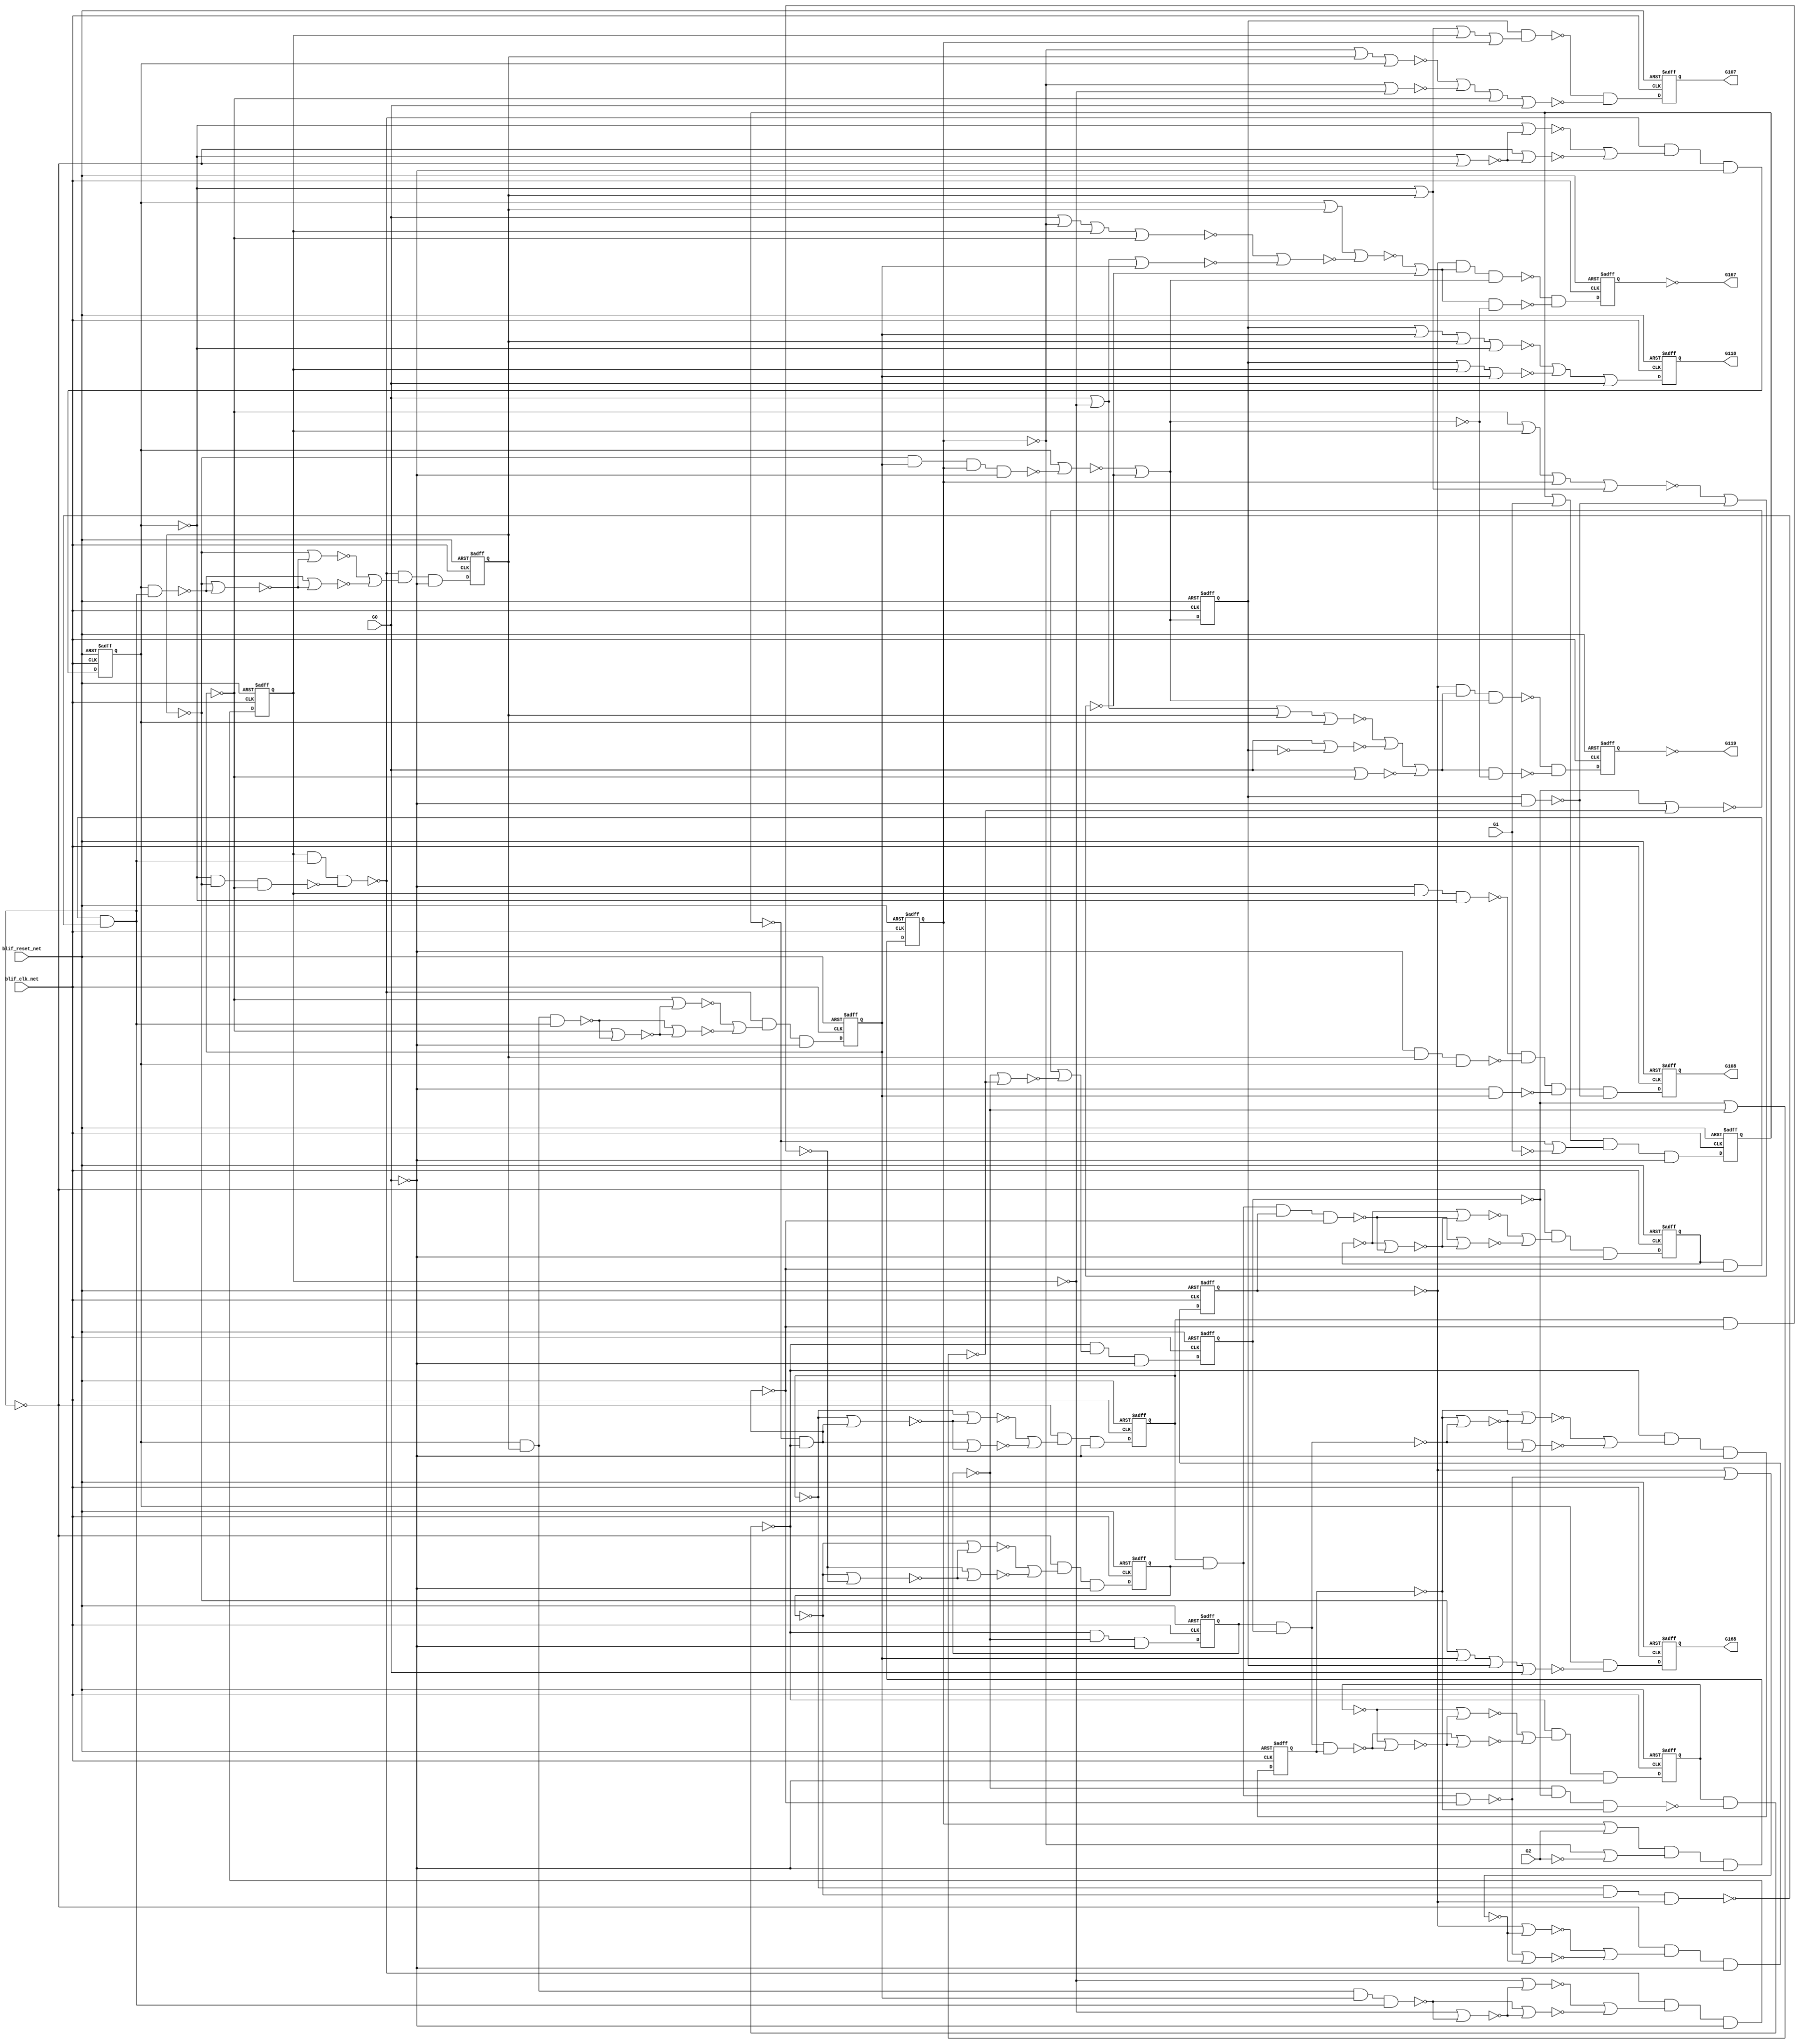
module s444_bench(
  blif_clk_net,
  blif_reset_net,
  G0,
  G1,
  G2,
  G118,
  G167,
  G107,
  G119,
  G168,
  G108);
input blif_clk_net;
input blif_reset_net;
input G0;
input G1;
input G2;
output G118;
output G167;
output G107;
output G119;
output G168;
output G108;
reg G11;
reg G12;
reg G13;
reg G14;
reg G15;
reg G16;
reg G17;
reg G18;
reg G19;
reg G20;
reg G21;
reg G22;
reg G23;
reg G24;
reg G25;
reg G26;
reg G27;
reg G28;
reg G29;
reg G30;
reg G31;
wire IIII212;
wire G50;
wire G95;
wire IIII211;
wire G120;
wire IIII192;
wire IIII272;
wire G79;
wire G138;
wire G61;
wire G140;
wire G161;
wire IIII201;
wire G77;
wire IIII190;
wire IIII283;
wire G93;
wire G137;
wire G105;
wire G165;
wire G144;
wire G129;
wire IIII226;
wire IIII281;
wire IIII372;
wire G134;
wire IIII235;
wire G147;
wire G146;
wire G41;
wire G83;
wire G160;
wire G35;
wire G122;
wire G80;
wire G117;
wire G132;
wire G151;
wire G158;
wire G65;
wire G81;
wire G113;
wire G73;
wire G58;
wire IIII181;
wire G163;
wire G148;
wire G43;
wire IIII271;
wire IIII392;
wire G153;
wire G114;
wire G85;
wire G74;
wire G115;
wire G103;
wire IIII202;
wire G51;
wire IIII236;
wire G49;
wire IIII246;
wire G157;
wire G130;
wire G54;
wire G67;
wire G42;
wire IIII182;
wire G87;
wire G71;
wire G69;
wire G90;
wire IIII255;
wire G126;
wire IIII321;
wire G75;
wire G47;
wire G111;
wire G142;
wire IIII304;
wire G40;
wire IIII180;
wire IIII318;
wire G101;
wire G121;
wire G57;
wire IIII225;
wire G166;
wire G159;
wire G149;
wire IIII256;
wire G33;
wire IIII200;
wire G139;
wire G109;
wire IIII257;
wire G162;
wire G164;
wire G68;
wire IIII293;
wire IIII291;
wire G145;
wire G37;
wire G66;
wire G136;
wire IIII191;
wire G125;
wire G141;
wire G123;
wire IIII273;
wire IIII105;
wire IIII292;
wire G155;
wire G56;
wire G44;
wire G128;
wire G46;
wire G94;
wire G91;
wire G59;
wire G97;
wire IIII210;
wire G62;
wire G102;
wire G104;
wire G150;
wire IIII227;
wire G99;
wire G152;
wire G135;
wire G116;
wire G112;
wire G60;
wire G82;
wire G64;
wire IIII237;
wire G84;
wire G86;
wire IIII382;
wire G92;
wire G34;
wire IIII245;
wire IIII336;
wire G162BF;
wire G45;
wire G89;
wire IIII324;
wire G76;
wire G72;
wire G98;
wire G63;
wire G55;
wire G133;
wire G78;
wire G96;
wire G38;
wire G127;
wire IIII247;
wire G48;
wire G53;
wire G36;
wire G156;
wire G110;
wire G88;
wire G32;
wire IIII302;
wire G131;
wire IIII282;
wire G143;
wire G100;
wire G70;
wire IIII303;
wire G154;
wire G52;
wire G124;
wire G106;
always @(posedge blif_clk_net or posedge blif_reset_net)
  if(blif_reset_net == 1)
    G11 <= 0;
  else
    G11 <= G37;
always @(posedge blif_clk_net or posedge blif_reset_net)
  if(blif_reset_net == 1)
    G12 <= 0;
  else
    G12 <= G41;
always @(posedge blif_clk_net or posedge blif_reset_net)
  if(blif_reset_net == 1)
    G13 <= 0;
  else
    G13 <= G45;
always @(posedge blif_clk_net or posedge blif_reset_net)
  if(blif_reset_net == 1)
    G14 <= 0;
  else
    G14 <= G49;
always @(posedge blif_clk_net or posedge blif_reset_net)
  if(blif_reset_net == 1)
    G15 <= 0;
  else
    G15 <= G58;
always @(posedge blif_clk_net or posedge blif_reset_net)
  if(blif_reset_net == 1)
    G16 <= 0;
  else
    G16 <= G62;
always @(posedge blif_clk_net or posedge blif_reset_net)
  if(blif_reset_net == 1)
    G17 <= 0;
  else
    G17 <= G66;
always @(posedge blif_clk_net or posedge blif_reset_net)
  if(blif_reset_net == 1)
    G18 <= 0;
  else
    G18 <= G70;
always @(posedge blif_clk_net or posedge blif_reset_net)
  if(blif_reset_net == 1)
    G19 <= 0;
  else
    G19 <= G80;
always @(posedge blif_clk_net or posedge blif_reset_net)
  if(blif_reset_net == 1)
    G20 <= 0;
  else
    G20 <= G84;
always @(posedge blif_clk_net or posedge blif_reset_net)
  if(blif_reset_net == 1)
    G21 <= 0;
  else
    G21 <= G88;
always @(posedge blif_clk_net or posedge blif_reset_net)
  if(blif_reset_net == 1)
    G22 <= 0;
  else
    G22 <= G92;
always @(posedge blif_clk_net or posedge blif_reset_net)
  if(blif_reset_net == 1)
    G23 <= 0;
  else
    G23 <= G101;
always @(posedge blif_clk_net or posedge blif_reset_net)
  if(blif_reset_net == 1)
    G24 <= 0;
  else
    G24 <= G162BF;
always @(posedge blif_clk_net or posedge blif_reset_net)
  if(blif_reset_net == 1)
    G25 <= 0;
  else
    G25 <= G109;
always @(posedge blif_clk_net or posedge blif_reset_net)
  if(blif_reset_net == 1)
    G26 <= 0;
  else
    G26 <= G110;
always @(posedge blif_clk_net or posedge blif_reset_net)
  if(blif_reset_net == 1)
    G27 <= 0;
  else
    G27 <= G111;
always @(posedge blif_clk_net or posedge blif_reset_net)
  if(blif_reset_net == 1)
    G28 <= 0;
  else
    G28 <= G112;
always @(posedge blif_clk_net or posedge blif_reset_net)
  if(blif_reset_net == 1)
    G29 <= 0;
  else
    G29 <= G113;
always @(posedge blif_clk_net or posedge blif_reset_net)
  if(blif_reset_net == 1)
    G30 <= 0;
  else
    G30 <= G114;
always @(posedge blif_clk_net or posedge blif_reset_net)
  if(blif_reset_net == 1)
    G31 <= 0;
  else
    G31 <= G155;
assign IIII212 = ((~G51))|((~IIII210));
assign G50 = ((~G52));
assign G95 = ((~G76)&(~G77)&(~G78)&(~G79));
assign IIII211 = ((~G14))|((~IIII210));
assign IIII192 = ((~G43))|((~IIII190));
assign G120 = ((~G150))|((~G128));
assign G167 = ((~G29));
assign IIII272 = ((~G19))|((~IIII271));
assign G79 = ((~G97));
assign G138 = (G136)|(G142);
assign G61 = ((~IIII226))|((~IIII227));
assign G140 = (G24)|(G21)|(G20)|(G150);
assign G161 = ((~G17));
assign IIII201 = ((~G13))|((~IIII200));
assign G77 = ((~G20));
assign G93 = ((~G74)&(~G79)&(~G75));
assign IIII283 = ((~G86))|((~IIII281));
assign IIII190 = ((~G12))|((~G43));
assign G137 = (G136)|(G20)|(G19);
assign G105 = (G102)|(G103);
assign G165 = ((~G148))|((~G149));
assign G144 = ((~G21));
assign G129 = ((~G19))|((~G135));
assign IIII226 = ((~G15))|((~IIII225));
assign IIII281 = ((~G20))|((~G86));
assign IIII372 = ((~G0));
assign G134 = (G152)|(G142)|(G21);
assign IIII235 = ((~G16))|((~G64));
assign G147 = (G152)|(G144);
assign G146 = (G152)|(G143);
assign G41 = ((~G98)&(~G42)&(~G152));
assign G83 = ((~IIII272))|((~IIII273));
assign G160 = ((~IIII382));
assign G35 = ((~G12));
assign G122 = (G24&G121);
assign G80 = ((~G93)&(~G81)&(~G152));
assign G117 = ((~G145))|((~G146))|((~G147));
assign G151 = ((~G20))|((~G144))|((~G143))|((~G139));
assign G132 = ((~G133))|((~G134));
assign G158 = (G31)|(G160);
assign G65 = ((~IIII236))|((~IIII237));
assign G81 = ((~G83));
assign G113 = ((~G163)&(~G164));
assign G73 = ((~IIII256))|((~IIII257));
assign G58 = ((~G97)&(~G59)&(~G152));
assign IIII181 = ((~G11))|((~IIII180));
assign G163 = (G161&G165&G162);
assign G148 = ((~G150))|((~G135))|((~G132));
assign G43 = ((~G34));
assign IIII271 = ((~G19))|((~G82));
assign IIII392 = ((~G30));
assign G114 = ((~G150)&(~G151));
assign G153 = ((~G152));
assign G85 = ((~G87));
assign G115 = (G161&G117&G162);
assign G74 = ((~G22));
assign G103 = ((~G106));
assign IIII202 = ((~G47))|((~IIII200));
assign G51 = ((~G34)&(~G35)&(~G36));
assign IIII236 = ((~G16))|((~IIII235));
assign G49 = ((~G98)&(~G50)&(~G152));
assign IIII246 = ((~G17))|((~IIII245));
assign G118 = ((~IIII336));
assign G157 = ((~G160));
assign G130 = ((~G143)&(~G152));
assign G54 = ((~G15)&(~G16)&(~G17));
assign G67 = ((~G69));
assign G42 = ((~G44));
assign G107 = ((~IIII321));
assign IIII182 = ((~IIII180));
assign G87 = ((~IIII282))|((~IIII283));
assign G71 = ((~G73));
assign G69 = ((~IIII246))|((~IIII247));
assign G90 = ((~G76)&(~G77)&(~G79));
assign IIII255 = ((~G18))|((~G72));
assign G126 = (G139&G21);
assign IIII321 = ((~G25));
assign G75 = ((~G19)&(~G20)&(~G21));
assign G47 = ((~G34)&(~G35));
assign G111 = ((~G140))|((~G141))|((~G139));
assign G142 = ((~G22));
assign IIII304 = ((~G95))|((~IIII302));
assign G40 = ((~IIII181))|((~IIII182));
assign IIII180 = ((~G11));
assign IIII318 = ((~G2));
assign G101 = (G100&G99);
assign G57 = ((~G31)&(~G98));
assign G121 = ((~G19))|((~G135))|((~G142))|((~G136));
assign IIII225 = ((~G15))|((~G60));
assign G166 = ((~G162));
assign G149 = ((~G131))|((~G130));
assign G159 = (G156)|(G157);
assign IIII256 = ((~G18))|((~IIII255));
assign G33 = ((~G11)&(~G12)&(~G13));
assign IIII200 = ((~G13))|((~G47));
assign G139 = ((~G152));
assign G109 = ((~G122)&(~G123));
assign IIII257 = ((~G72))|((~IIII255));
assign G162 = ((~G120))|((~G149));
assign G164 = (G165&G166);
assign IIII293 = ((~G90))|((~IIII291));
assign G68 = ((~G55)&(~G56)&(~G57));
assign IIII291 = ((~G21))|((~G90));
assign G37 = ((~G98)&(~G38)&(~G152));
assign G145 = (G152)|(G142)|(G20)|(G19);
assign G66 = ((~G97)&(~G67)&(~G152));
assign G136 = ((~G23));
assign IIII191 = ((~G12))|((~IIII190));
assign G125 = (G139&G20&G19);
assign G141 = (G24)|(G22)|(G21);
assign G123 = ((~G137))|((~G138))|((~G21))|((~G139));
assign G168 = ((~IIII392));
assign IIII273 = ((~G82))|((~IIII271));
assign IIII105 = ((~G162));
assign IIII292 = ((~G21))|((~IIII291));
assign G155 = (G154&G153);
assign G56 = ((~G16));
assign G44 = ((~IIII191))|((~IIII192));
assign G128 = ((~G20)&(~G144)&(~G136)&(~G152));
assign G46 = ((~G48));
assign G94 = ((~G96));
assign G91 = ((~IIII292))|((~IIII293));
assign G59 = ((~G61));
assign G97 = ((~G53)&(~G57)&(~G54));
assign IIII210 = ((~G14))|((~G51));
assign G62 = ((~G97)&(~G63)&(~G152));
assign G102 = ((~G23));
assign G150 = ((~G19));
assign G104 = (G23)|(G106);
assign IIII227 = ((~G60))|((~IIII225));
assign G99 = ((~G152));
assign G152 = ((~IIII372));
assign G135 = ((~G20));
assign G116 = (G117&G166);
assign G112 = ((~G115)&(~G116));
assign G60 = ((~G57));
assign G82 = ((~G79));
assign G64 = ((~G55)&(~G57));
assign IIII237 = ((~G64))|((~IIII235));
assign G84 = ((~G93)&(~G85)&(~G152));
assign G86 = ((~G76)&(~G79));
assign IIII382 = ((~G1));
assign G92 = ((~G93)&(~G94)&(~G152));
assign G34 = ((~G11));
assign IIII245 = ((~G17))|((~G68));
assign IIII336 = ((~G27));
assign G162BF = ((~IIII105));
assign G45 = ((~G98)&(~G46)&(~G152));
assign G89 = ((~G91));
assign IIII324 = ((~G26));
assign G76 = ((~G19));
assign G98 = ((~G32)&(~G33));
assign G72 = ((~G55)&(~G56)&(~G161)&(~G57));
assign G63 = ((~G65));
assign G55 = ((~G15));
assign G133 = (G152)|(G136)|(G22)|(G144);
assign G78 = ((~G21));
assign G96 = ((~IIII303))|((~IIII304));
assign G38 = ((~G40));
assign G127 = (G139&G24);
assign IIII247 = ((~G68))|((~IIII245));
assign G53 = ((~G18));
assign G48 = ((~IIII201))|((~IIII202));
assign G36 = ((~G13));
assign G156 = ((~G31));
assign G108 = ((~IIII324));
assign G110 = ((~G124)&(~G125)&(~G126)&(~G127));
assign G88 = ((~G93)&(~G89)&(~G152));
assign G32 = ((~G14));
assign IIII302 = ((~G22))|((~G95));
assign G119 = ((~G28));
assign G131 = (G144)|(G22)|(G23)|(G129);
assign IIII282 = ((~G20))|((~IIII281));
assign G143 = ((~G24));
assign G100 = (G104&G105);
assign G70 = ((~G97)&(~G71)&(~G152));
assign IIII303 = ((~G22))|((~IIII302));
assign G154 = (G158&G159);
assign G52 = ((~IIII211))|((~IIII212));
assign G124 = (G139&G22&G150);
assign G106 = ((~IIII318));
endmodule